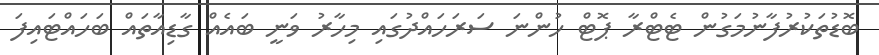
ބޮޑުތަކުރުފާނުމަގުން ޓެޓްރާ ޕޮޓް ހުންނަ ސަރަހައްދުގައި މިހާރު ވަނީ ބައެއް ގާޑިއާތައް ބަހައްޓައިފަ